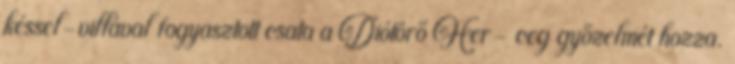
késsel-villával fogyasztott csata a Diótörő Her- ceg győzelmét hozza.